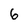
Character: 6